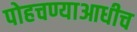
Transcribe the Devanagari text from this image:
पोहचण्याआधीच